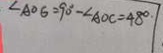
\angle A O G = 9 0 ^ { \circ } - \angle A O C = 4 8 ^ { \circ }